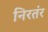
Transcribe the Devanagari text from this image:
निरतंर